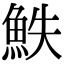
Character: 䱃